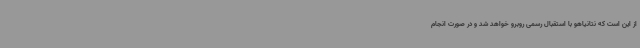
از این است که نتانیاهو با استقبال رسمی روبرو خواهد شد و در صورت انجام